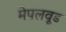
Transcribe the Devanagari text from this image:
मेपलवूड